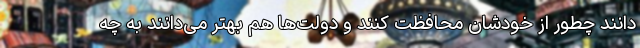
‌دانند چطور از خودشان محافظت کنند و دولت‌ها هم بهتر می‌دانند به چه